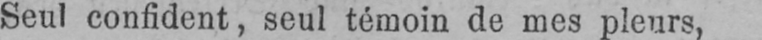
Seul confident, seul témoin de mes pleurs,